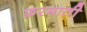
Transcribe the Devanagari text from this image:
फ़रमाती